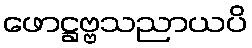
ဖောဋ္ဌဗ္ဗသညာယပိ